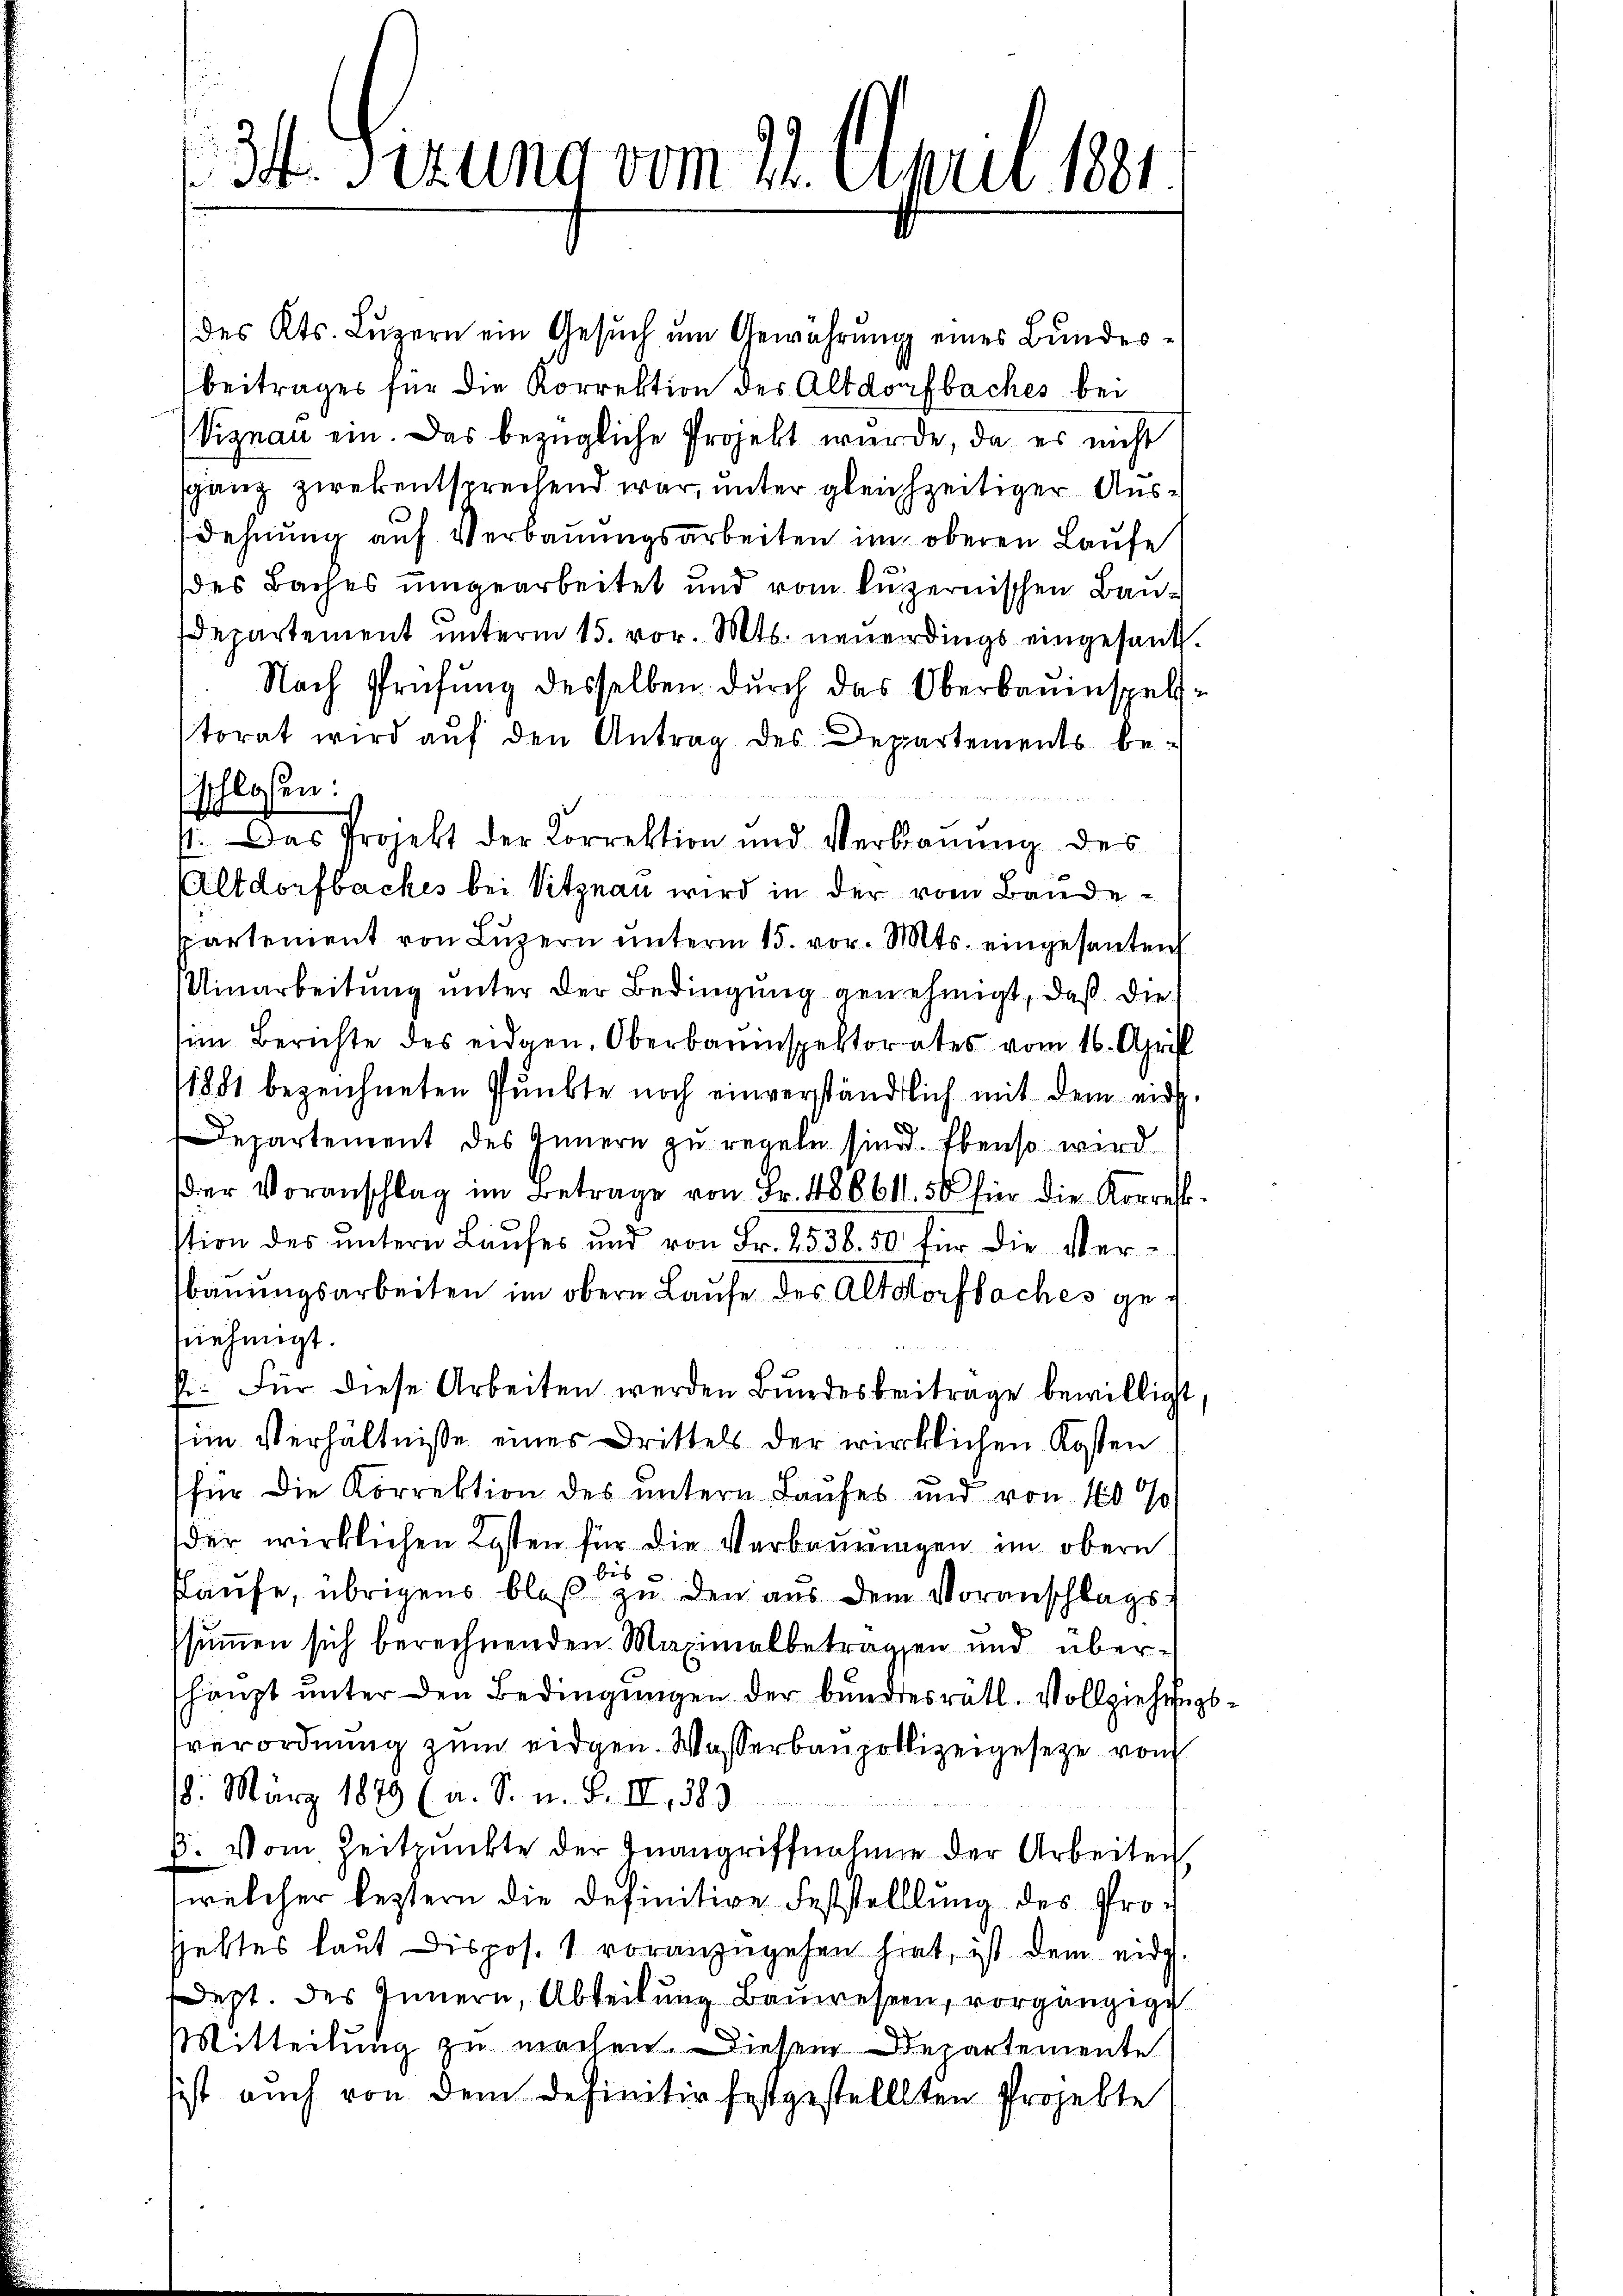
34. Sizung vom 22. April 1881

des Kts. Lŭzern ein Gesŭch ŭm Gewährŭng eines Bundesbeitrages für die Korrektion der Altdorfbaches bei
Viznau ein. Das bezügliche Projekt wurde, da es nicht
sganz zwekentsprechend war, unter gleichzeitiger Ausdehnung auf Verbauungsarbeiten im oberen Laufe
des Baches umgearbeitet und vom luzernischen Baudepartement unterm 15. vor. Mts. neuerdings eingesandt.
Nach Prüfung desselben durch das Oberbauinspeltstorat wird auf den Antrag des Departements be-
schlossen:

1. Das Projekt der Korrektion und Verbauung des
Altdorfbackes bei Vitznau wird in der vom Bandepartenient von Luzern unterm 15. vor. Mts. eingesenten
Uinarbeitung unter der Bedingung genehmigt, daß die
im Berichte des eidgen. Oberbauinspektorates vom 16. April
1881 bezeichneten Punkte noch einverständlich mit dem eidg.
Departement des Innern zu regeln sind. Ebenso wird
der Voranschlag im Betrage von Fr. 48661. 50 für die Korrest-
stion des untern Laufes und von Fr. 2538. 50 für die Ver-
bauungsarbeiten im obern Laufe des Altdorfbaches gesnehmigt.
ki. Für diese Arbeiten werden Bŭndesbeitrage bewilligt
sim Verhältniße eines Drittels der wirklichen Kosten
für die Korrektion des untern Laufes und von 160 %
der wirklichen Kosten für die Verbauungen im obern
bis
slaufe, übrigens bloß zu den aus dem Voranschlagsssummen sich berechnenden Maximalbetragen und überhänzt ŭnter den Bedingŭngen der bundesrätl. Vollziehungsverordnung zum eidgen. Wasserbaupolizeigeseze von
18. März 1889 (a. S. n. F. II, 383
ß. Vom Zeitpunkte der Inangriffnahme der Arbeiten
welcher leztern die definitive Feststelllung des Prosjektes laut Dispos. 1 voranzugehen hat, ist dem eidg
dept. des Innern, Abteilung Bauwesen, vorgängige
Mitteilung zu machen. - Diesem Departemente
sist auch von dem definitiv festgestellten Projekte